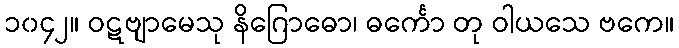
၁၀၄၂။ ဝဋဗျာမေသု နိဂြောဓော၊ ဓင်္ကော တု ဝါယသေ ဗကေ။